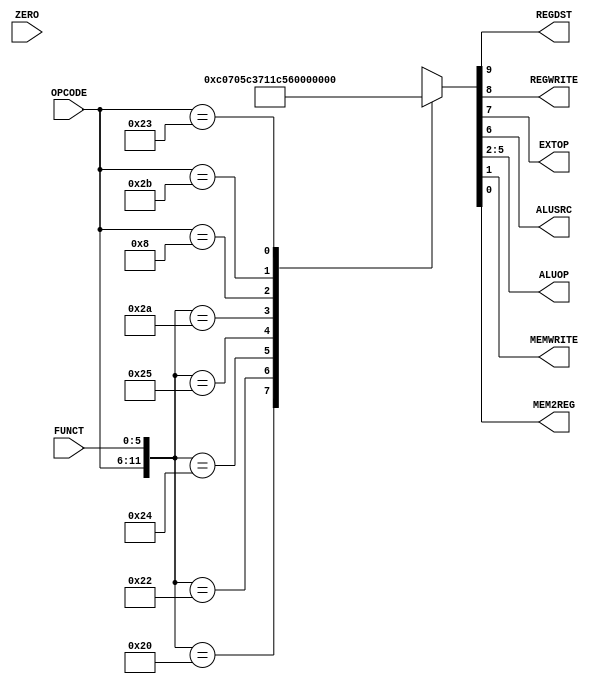
module control(
        input [5:0] OPCODE,
        input [5:0] FUNCT,
        input ZERO,
        output reg REGDST,
        output reg REGWRITE,
        output reg EXTOP,
        output reg ALUSRC,
        output reg [3:0] ALUOP,
        output reg MEMWRITE,
        output reg MEM2REG
        );
        always@(OPCODE or FUNCT or ZERO)
            casex({OPCODE, FUNCT, ZERO}) // add ZERO here for use with branch instructions later
            // ADD
            13'b000000_100000_x: 
                {REGDST, REGWRITE, EXTOP, ALUSRC, ALUOP, MEMWRITE, MEM2REG} = 10'b1_1_0_0_0000_0_1;
            // SUB
            13'b000000_100010_x:
                {REGDST, REGWRITE, EXTOP, ALUSRC, ALUOP, MEMWRITE, MEM2REG} = 10'b1_1_0_0_0001_0_1;  
            // AND
            13'b000000_100100_x: 
                {REGDST, REGWRITE, EXTOP, ALUSRC, ALUOP, MEMWRITE, MEM2REG} = 10'b1_1_0_0_0011_0_1;
            // OR
            13'b000000_100101_x: 
                {REGDST, REGWRITE, EXTOP, ALUSRC, ALUOP, MEMWRITE, MEM2REG} = 10'b1_1_0_0_0100_0_1;
            // SLT
            13'b000000_101010_x: 
                {REGDST, REGWRITE, EXTOP, ALUSRC, ALUOP, MEMWRITE, MEM2REG} = 10'b1_1_0_0_0101_0_1;
            // ADDI - we take imm from instruction so we need extension.
            13'b001000_xxxxxx_x: 
                {REGDST, REGWRITE, EXTOP, ALUSRC, ALUOP, MEMWRITE, MEM2REG} = 10'b0_1_1_1_0000_0_1;
            // SW instruction: SW $source register's address, offset($destination register's address).
            31'b101011_xxxxxx_x:
                {REGDST, REGWRITE, EXTOP, ALUSRC, ALUOP, MEMWRITE, MEM2REG} = 10'b0_0_0_1_0000_1_0;
            // LW instruction: LW $destination register's address, offset($source register's address).
            31'b100011_xxxxxx_x:
                {REGDST, REGWRITE, EXTOP, ALUSRC, ALUOP, MEMWRITE, MEM2REG} = 10'b0_1_0_1_0000_0_0;
            default:
                {REGDST, REGWRITE, EXTOP, ALUSRC, ALUOP, MEMWRITE, MEM2REG} = 10'bx_x_x_x_xxxx_x_x;
            endcase
endmodule